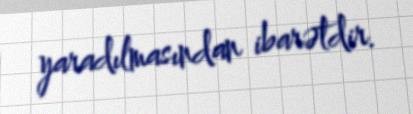
yaradılmasından ibarətdir.